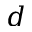
d